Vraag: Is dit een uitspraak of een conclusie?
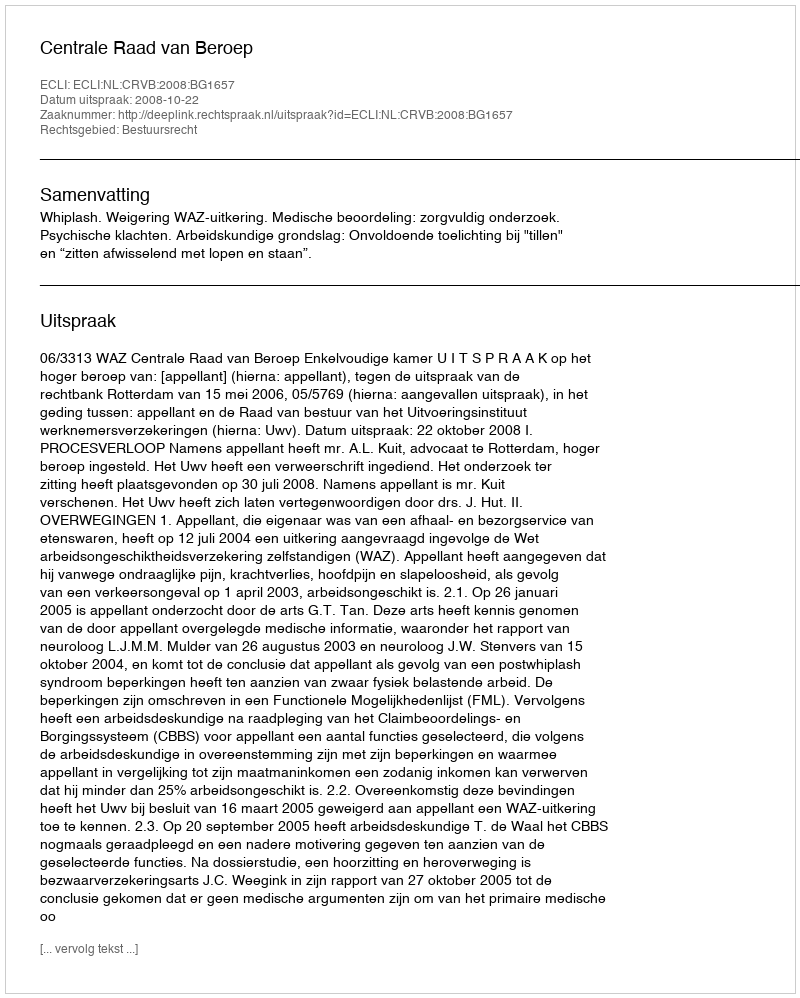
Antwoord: Uitspraak